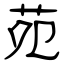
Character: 苑